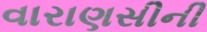
વારાણસીની